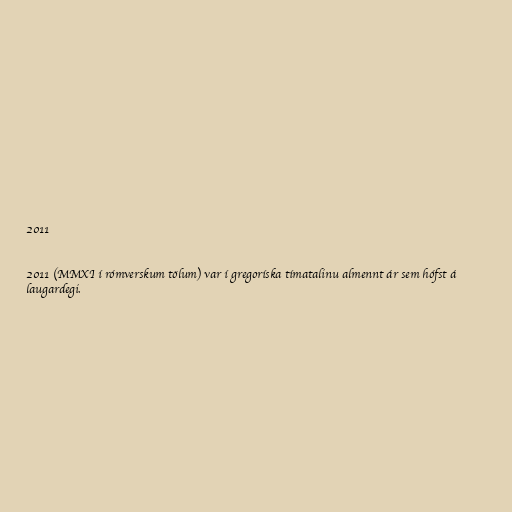
2011

2011 (MMXI í rómverskum tölum) var í gregoríska tímatalinu almennt ár sem hófst á
laugardegi.